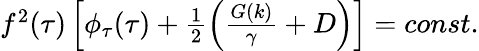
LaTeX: \begin{array}{r}{f^{2}(\tau)\left[\phi_{\tau}(\tau)+\frac{1}{2}\left(\frac{G(k)}{\gamma}+D\right)\right]=const.}\end{array}